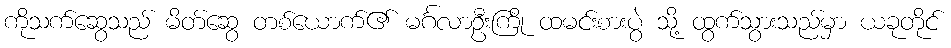
ကိုသက်ဆွေသည် မိတ်ဆွေ တစ်ယောက်၏ မင်္ဂလာဦးကြို ထမင်းစားပွဲ သို့ ထွက်သွားသည်မှာ ယခုတိုင်